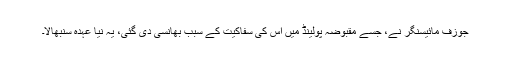
جوزف مائیسنگر نے، جسے مقبوضہ پولینڈ میں اس کی سفاکیت کے سبب بھانسی دی گئی، یہ نیا عہدہ سنبھالا۔